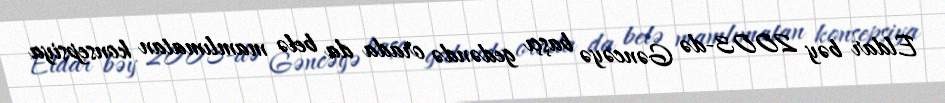
Eldar bəy 2003-də Gəncəyə başçı gedəndə orada da belə mamlımatan konsepsiya